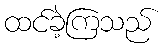
ထင်ခဲ့ကြသည်